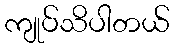
ကျုပ်သိပါတယ်